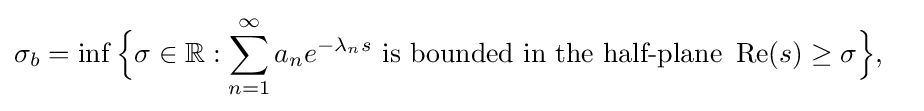
{\begin{aligned}\sigma _{b}=\inf {\Big \{}\sigma \in \mathbb {R} :\sum _{n=1}^{\infty }a_{n}e^{-\lambda _{n}s}&{\text{ is bounded in the half-plane }}\operatorname {Re} (s)\geq \sigma {\Big \}},\end{aligned}}